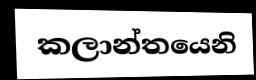
කලාන්තයෙනි